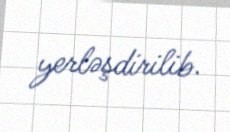
yerləşdirilib.